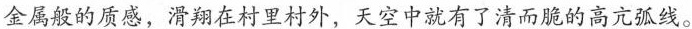
金属的质感，滑翔在村里村外，天空中就有了清而脆的高亢弧线。